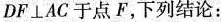
DF \bot AC于点F，下列结论：